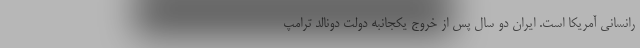
رانسانی آمریکا است. ایران دو سال پس از خروج یکجانبه دولت دونالد ترامپ